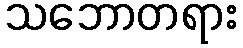
သဘောတရား